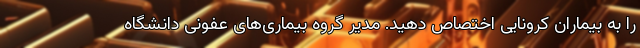
را به بیماران کرونایی اختصاص دهید. مدیر گروه بیماری‌های عفونی دانشگاه